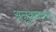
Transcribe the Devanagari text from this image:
अनुक्रमवार